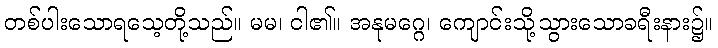
တစ်ပါးသောရသေ့တို့သည်။ မမ၊ ငါ၏။ အနုမဂ္ဂေ၊ ကျောင်းသို့သွားသောခရီးနား၌။